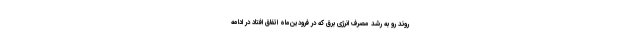
روند رو به رشد مصرف انرژی برق که در فرودین‌ماه اتفاق افتاد در ادامه